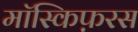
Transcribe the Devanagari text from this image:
मॉस्किफ़रस